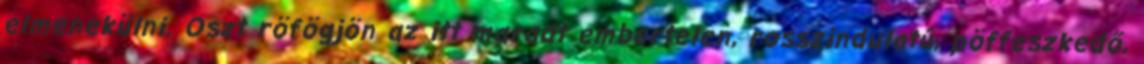
elmenekülni. Oszt röfögjön az itt maradt embertelen, rosszindulatú, pöffeszkedő,